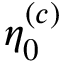
\eta _ { 0 } ^ { ( c ) }